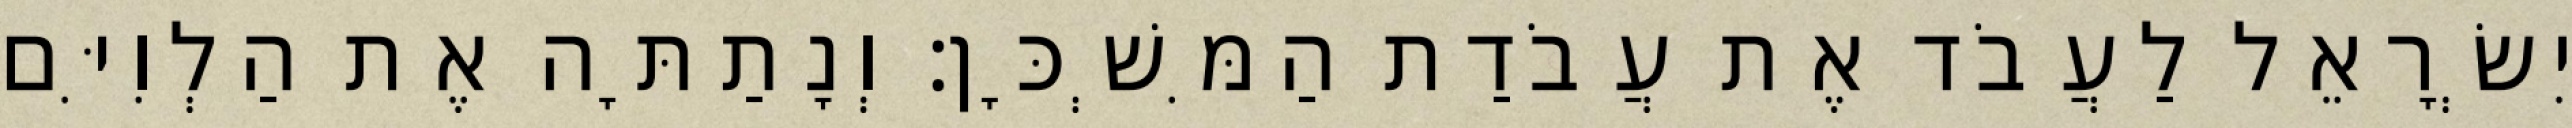
יִשְׂרָאֵל לַעֲבֹד אֶת עֲבֹדַת הַמִּשְׁכָּן׃ וְנָתַתָּה אֶת הַלְוִיִּם